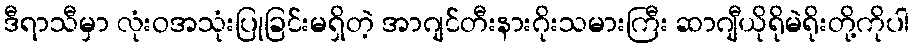
ဒီရာသီမှာ လုံးဝအသုံးပြုခြင်းမရှိတဲ့ အာဂျင်တီးနားဂိုးသမားကြီး ဆာဂျီယိုရိုမဲရိုးတို့ကိုပါ